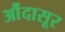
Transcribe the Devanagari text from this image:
औंदासूर